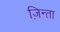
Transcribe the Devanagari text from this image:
ज़िन्ता